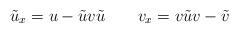
LaTeX: \begin{align*}\tilde u_x=u-\tilde u v\tilde u\qquad v_x=v\tilde u v-\tilde v\end{align*}